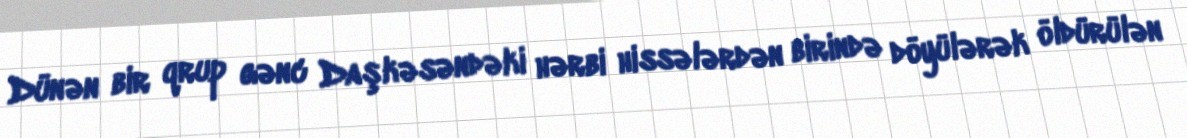
Dünən bir qrup gənc Daşkəsəndəki hərbi hissələrdən birində döyülərək öldürülən